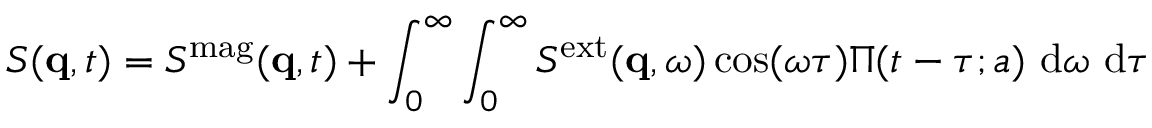
S ( \mathbf { q } , t ) = S ^ { \mathrm { m a g } } ( \mathbf { q } , t ) + \int _ { 0 } ^ { \infty } \int _ { 0 } ^ { \infty } S ^ { \mathrm { e x t } } ( \mathbf { q } , \omega ) \cos ( \omega \tau ) \Pi ( t - \tau ; a ) \ \mathrm { d } \omega \ \mathrm { d } \tau